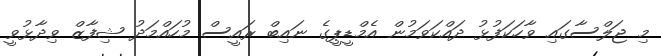
މި ޖަލްސާގައި ވާހަކަފުޅު ދައްކަވަމުން އެމްޑީޕީގެ ނައިބް ރައީސް މުހައްމަދު ޝިފާޒް ވިދާޅުވީ